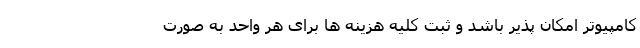
کامپیوتر امکان پذیر باشد و ثبت کلیه هزینه ها برای هر واحد به صورت